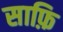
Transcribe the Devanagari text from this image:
साफ़ि